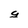
Character: g